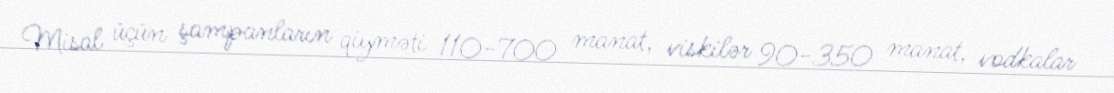
Misal üçün şampanların qiyməti 110-700 manat, viskilər 90-350 manat, vodkalar